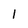
Character: l